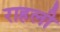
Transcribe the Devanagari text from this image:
राहली